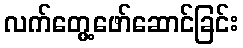
လက်တွေ့ဖော်ဆောင်ခြင်း